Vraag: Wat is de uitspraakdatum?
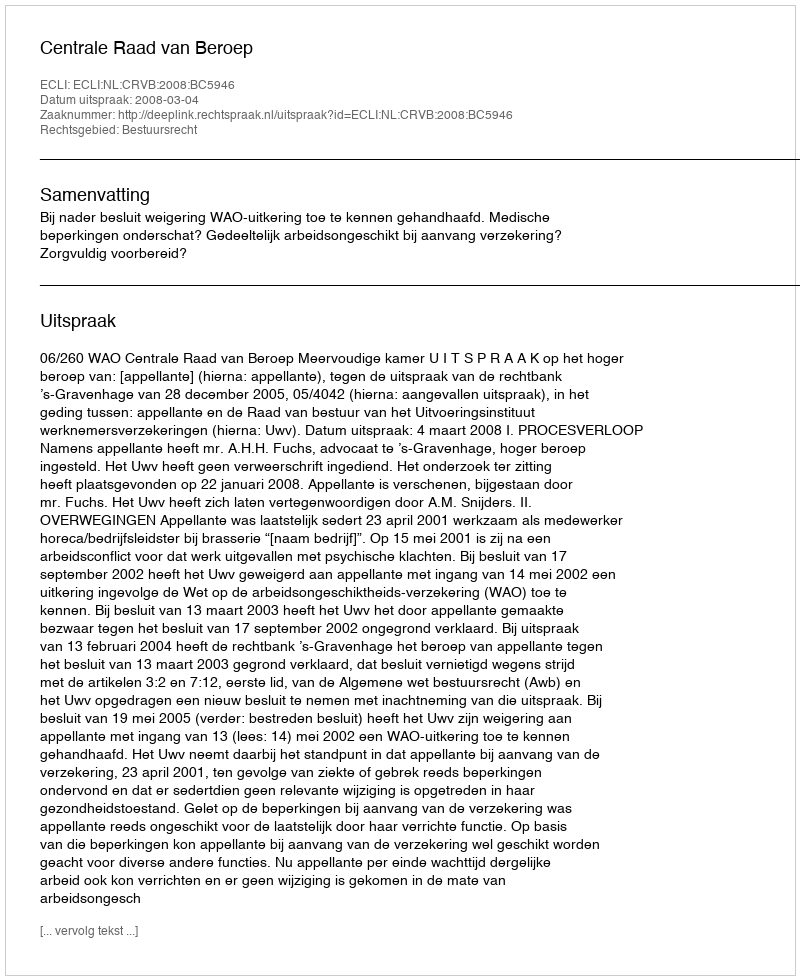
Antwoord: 2008-03-04